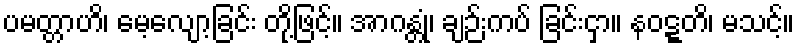
ပမတ္တာဟိ၊ မေ့လျော့ခြင်း တို့ဖြင့်။ အာဂန္တုံ၊ ချဉ်းကပ် ခြင်းငှာ။ နဝဋ္ဋတိ၊ မသင့်။